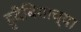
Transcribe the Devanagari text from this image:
हुदैबियाच्या